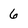
Character: 6